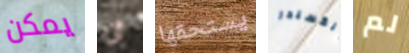
يمكن أن يستحقها ألكسندر لم